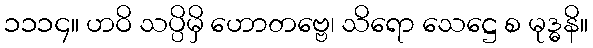
၁၁၁၄။ ဟဝိ သပ္ပိမှိ ဟောတဗ္ဗေ၊ သိရော သေဋ္ဌေ စ မုဒ္ဓနိ။